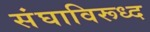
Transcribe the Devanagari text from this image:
संघाविरूध्द